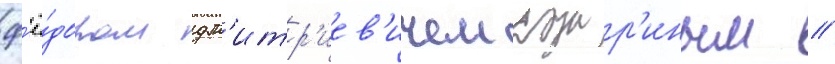
ф'ё́дором дм'итр'иев'ичем козыр'иным //